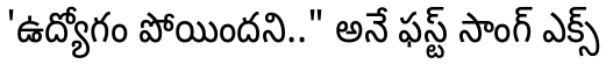
'ఉద్యోగం పోయిందని.." అనే ఫస్ట్ సాంగ్ ఎక్స్